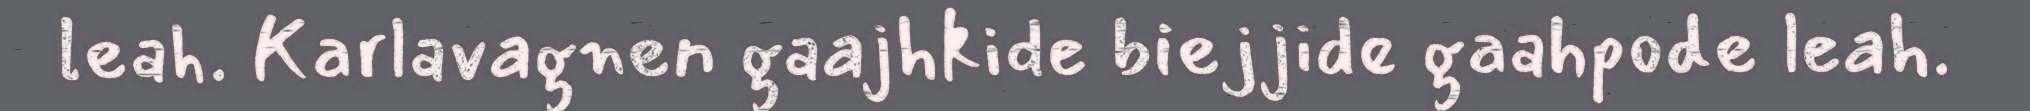
leah. Karlavagnen gaajhkide biejjide gaahpode leah.